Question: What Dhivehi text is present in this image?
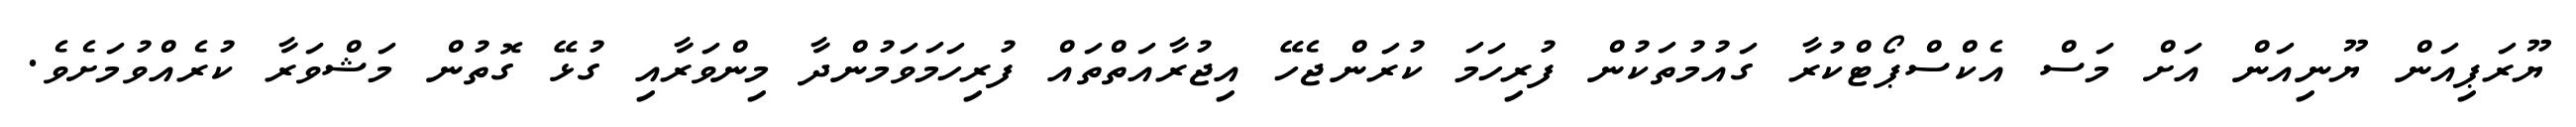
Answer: ޔޫރަޕިއަން ޔޫނިއަން އަށް މަސް އެކްސްޕޯޓްކުރާ ގައުމުތަކުން ފުރިހަމަ ކުރަންޖެހޭ އިޖުރާއަތްތައް ފުރިހަމަވަމުންދާ މިންވަރާއި ގުޅޭ ގޮތުން މަޝްވަރާ ކުރެއްވުމަށެވެ.